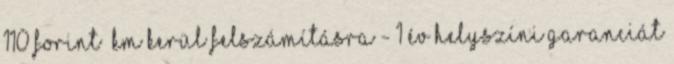
110 forint km kerül felszámításra - 1 év helyszíni garanciát